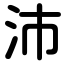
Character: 沛